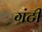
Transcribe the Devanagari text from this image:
गंटी